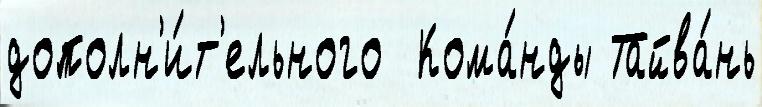
дополн'и́т'ельного  Кома́нды Тайва́нь